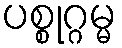
ပစ္စုဂ္ဂမ္မ